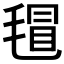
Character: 𣯀